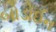
બોડોઈન